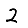
Digit: 2